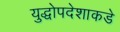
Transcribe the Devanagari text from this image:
युद्धोपदेशाकडे